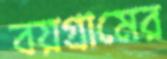
বয়গ্রামের